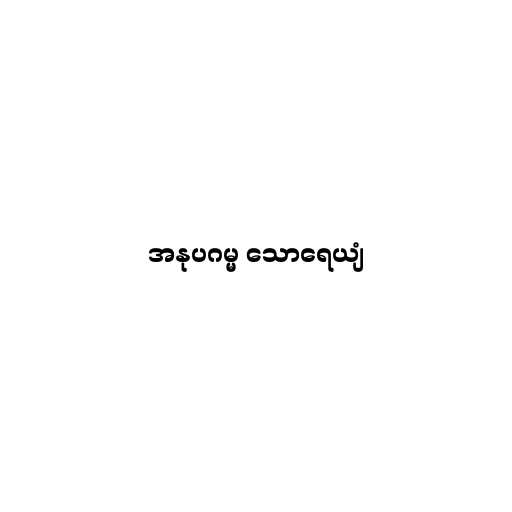
အနုပဂမ္မ သောရေယျံ